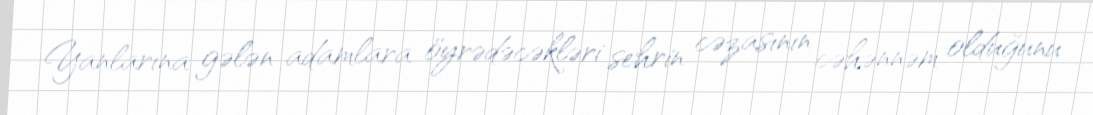
Yanlarına gələn adamlara öyrədəcəkləri sehrin cəzasının cəhənnəm olduğunu